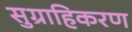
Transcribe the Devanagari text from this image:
सुग्राहिकरण